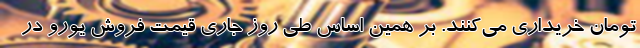
تومان خریداری می‌کنند. بر همین‌ اساس طی روز جاری قیمت فروش یورو در